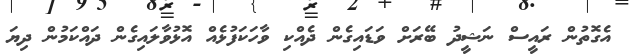
އެގޮތުން ރައީސް ނަޝީދު ބޭރަށް ވަޑައިގެން ދެއްކި ވާހަކަފުޅެއް އޮޅުވާލައިގެން ދައްކަމުން ދިޔަ